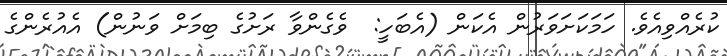
ކުރެއްވިއެވެ. ހަމަކަށަވަރުން އެކަން (އެބަހީ:  ވެގެންވާ ރަށުގެ ބިމަށް ވަނުން) އެއުރެންގެ